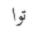
توا